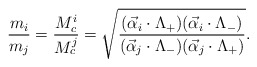
\begin{align*}\frac{m_i}{m_j}=\frac{M_{c}^{i}}{M_{c}^j}=\sqrt{ \frac{(\vec{\alpha}_i \cdot \Lambda_{+}) (\vec{\alpha}_i \cdot \Lambda_{-})}{(\vec{\alpha}_j \cdot \Lambda_{-}) (\vec{\alpha}_j \cdot \Lambda_{+})}}.\end{align*}